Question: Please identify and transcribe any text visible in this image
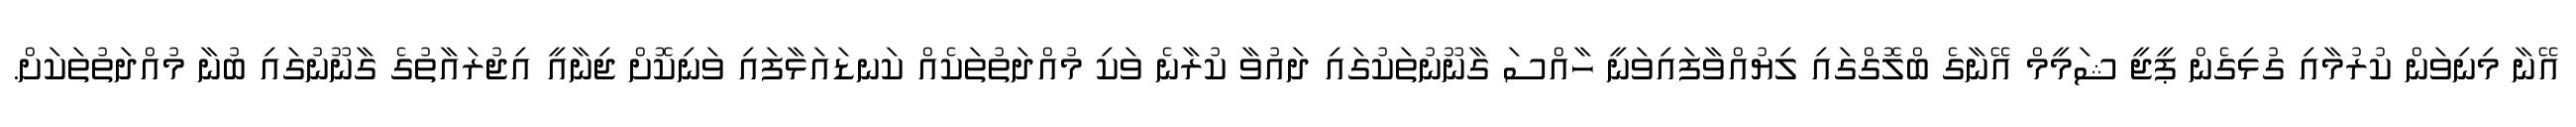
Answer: އޭނާ މިނިވަން ކުރުމާއި ގުޅިގެން ޕީޖީ ޝަމީމް އޭނާގެ ބްލޮގްގައި ލިޔުއްވާފައިވަނީ ހާއްސަ ގާނޫނުތަކުގައި ދައުވާ ކުރާނެ ވަކި މުއްދަތުތަކެއް ކަނޑައަޅާފައި ވަނިކޮށް ޖިނާއީ އިޖުރައާތުގެ ގާނޫނުގައި ބުނާ މުއްދަތުތަކަށް.